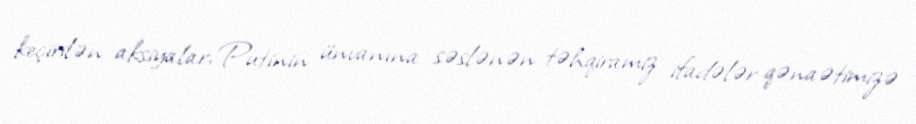
keçirilən aksiyalar, Putinin ünvanına səslənən təhqiramiz ifadələr qənaətimizə